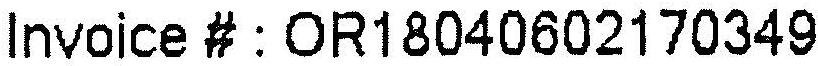
INVOICE # : OR18040602170349